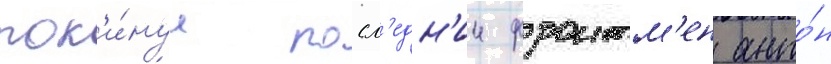
пок'и́нул посл'едн'ии фронтм'ен анто́н